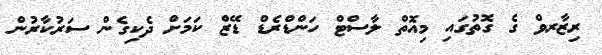
ރިޒާރވް ގެ ގޮތުގައި މިއޮތް ލާސްޓް ހަންޑްރެޑް ޑޭޒް ކަމަށް ދެކިގެން ސަރުކާރުން